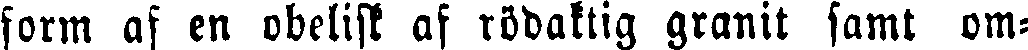
form af en obelisk af rödaktig granit samt om-